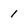
Character: 1